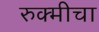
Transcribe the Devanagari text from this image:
रुक्मीचा